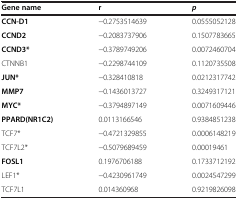
<table><thead><tr><td><b>Gene name</b></td><td><b>r</b></td><td><b><i>p</i></b></td></tr></thead><tbody><tr><td><b>CCN-D1</b></td><td>−0.2753514639</td><td>0.0555052128</td></tr><tr><td><b>CCND2</b></td><td>−0.2083737906</td><td>0.1507783665</td></tr><tr><td><b>CCND3*</b></td><td>−0.3789749206</td><td>0.0072460704</td></tr><tr><td>CTNNB1</td><td>−0.2298744109</td><td>0.1120735508</td></tr><tr><td><b>JUN*</b></td><td>−0.328410818</td><td>0.0212317742</td></tr><tr><td><b>MMP7</b></td><td>−0.1436013727</td><td>0.3249317121</td></tr><tr><td><b>MYC*</b></td><td>−0.3794897149</td><td>0.0071609446</td></tr><tr><td><b>PPARD(NR1C2)</b></td><td>0.0113166546</td><td>0.9384851238</td></tr><tr><td>TCF7*</td><td>−0.4721329855</td><td>0.0006148219</td></tr><tr><td>TCF7L2*</td><td>−0.5079689459</td><td>0.00019461</td></tr><tr><td><b>FOSL1</b></td><td>0.1976706188</td><td>0.1733712192</td></tr><tr><td>LEF1*</td><td>−0.4230961749</td><td>0.0024547299</td></tr><tr><td>TCF7L1</td><td>0.014360968</td><td>0.9219826098</td></tr></tbody></table>